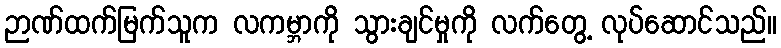
ဉာဏ်ထက်မြက်သူက လကမ္ဘာကို သွားချင်မှုကို လက်တွေ့ လုပ်ဆောင်သည်။